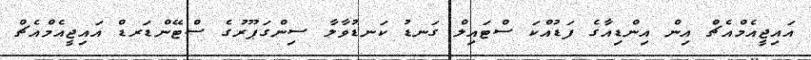
އައިޖީއެމްއެޗް އިން އިންޑިއާގެ ފަޑުއްކަ ސްޓައިލް ގަނޑު ކަނޑުވާލާ ސިންގަޕޫރުގެ ސްޓޭންޑަރޑް އައިޖީއެމްއެޗް